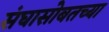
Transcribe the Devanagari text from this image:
संघासोबतच्या